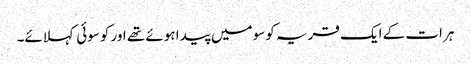
ہرات کے ایک قریہ کوسو میں پیدا ہوئے تھے اور کوسوئی کہلائے۔